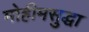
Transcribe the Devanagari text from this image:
मोहीमसुद्धा